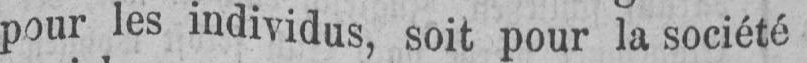
pour les individus, soit pour la société